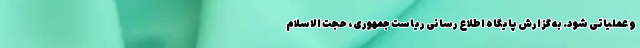
و عملیاتی شود. به گزارش پایگاه اطلاع رسانی ریاست جمهوری، حجت الاسلام